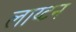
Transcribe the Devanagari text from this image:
लाय्टन